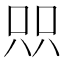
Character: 𫪉